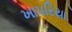
ખાપરિયા